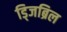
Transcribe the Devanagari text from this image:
ड्जिब्रिल